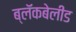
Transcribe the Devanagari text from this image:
ब्लॅकबेलीड